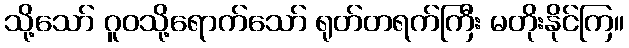
သို့သော် ဂူဝသို့ရောက်သော် ရုတ်တရက်ကြီး မတိုးနိုင်ကြ။